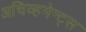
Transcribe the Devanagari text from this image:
अचिव्हमेन्ट्स